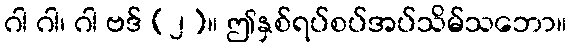
ဂါ ဂါ၊ ဂါ ဗဒ် (၂)။ ဤနှစ်ရပ်စပ်အပ်သိမ်သဘော။